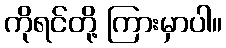
ကိုရင်တို့ ကြားမှာပါ။